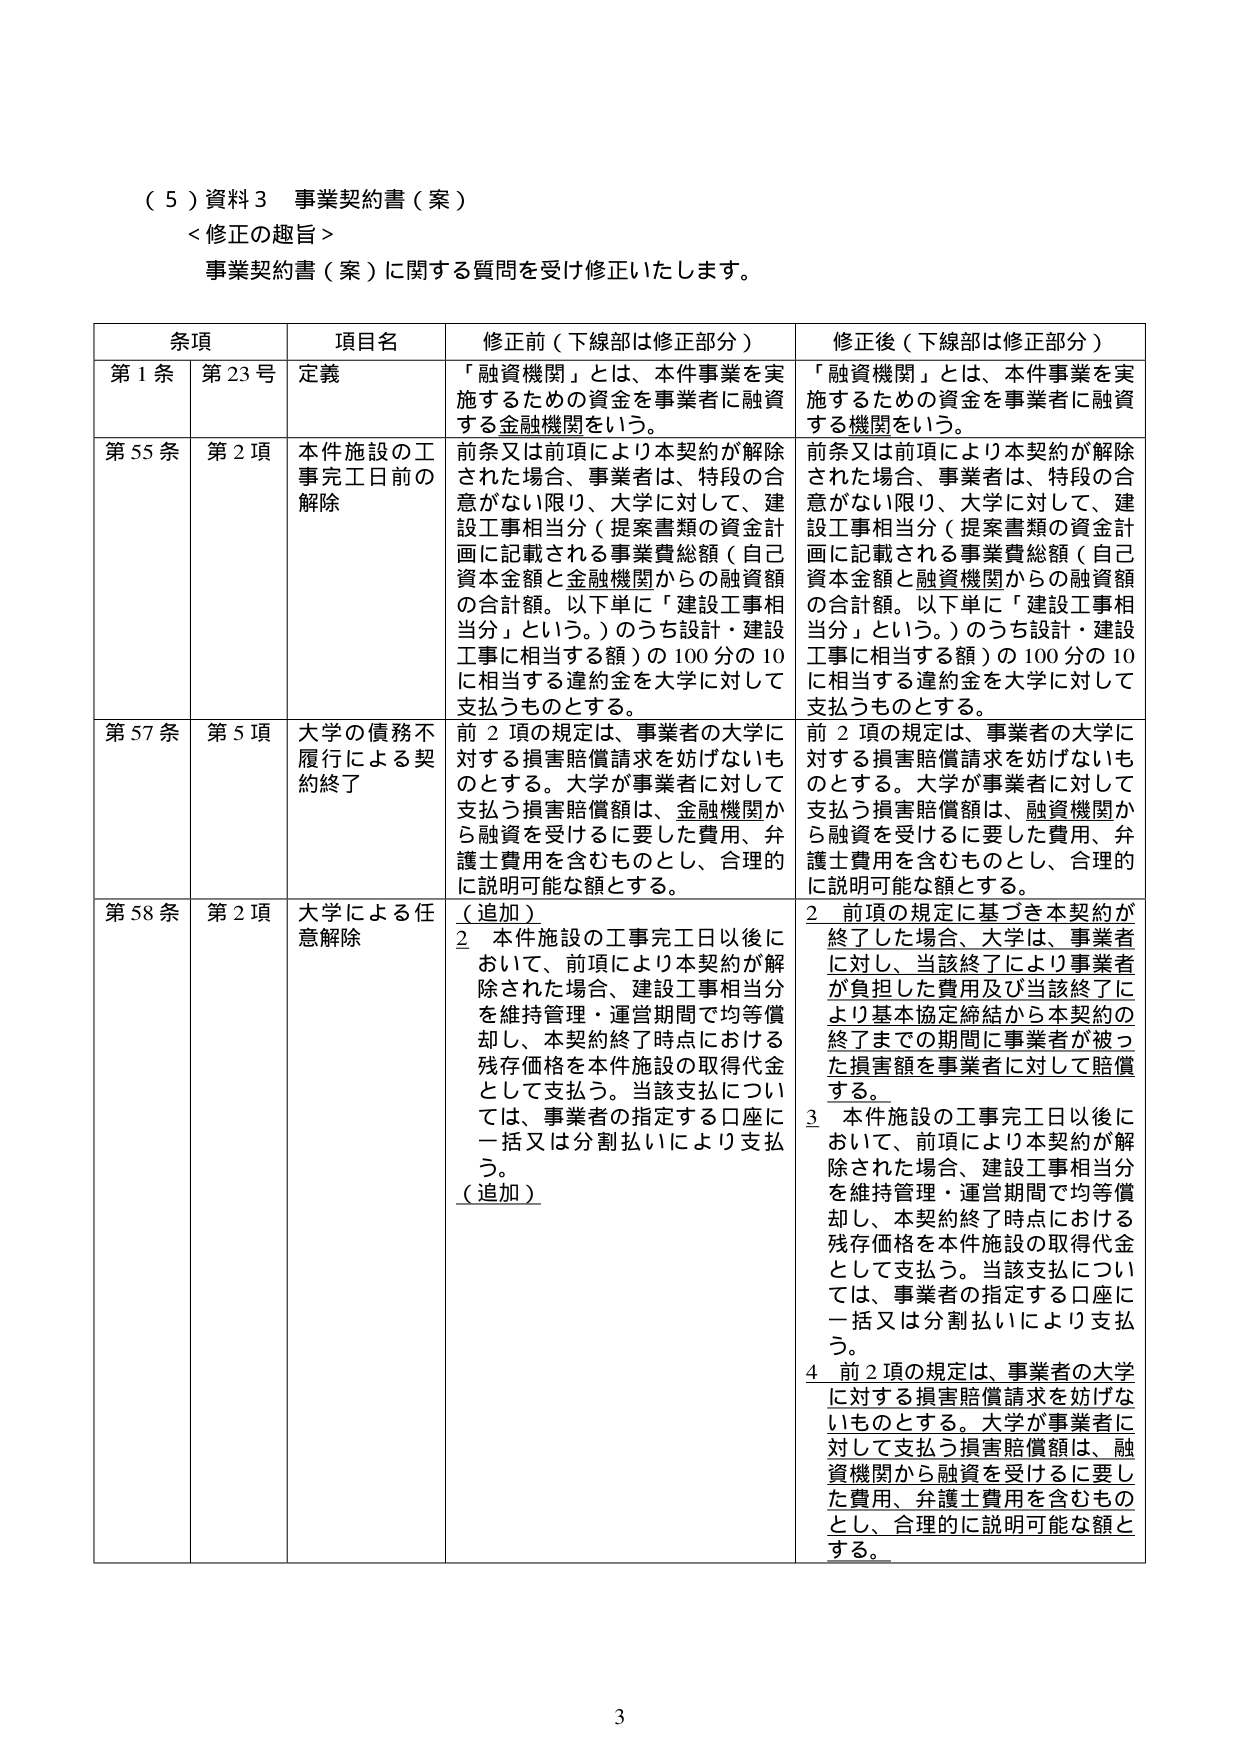
（５）資料３ 事業契約書（案）
＜修正の趣旨＞
事業契約書（案）に関する質問を受け修正いたします。

条項 項目名 修正前（下線部は修正部分） 修正後（下線部は修正部分）
第１条 第23号 定義 「融資機関」とは、本件事業を実施するための資金を事業者に融資する金融機関をいう。 「融資機関」とは、本件事業を実施するための資金を事業者に融資する機関をいう。
第55条 第2項 本件施設の工事完工日前の解除 前条又は前項により本契約が解除された場合、事業者は、特段の合意がない限り、大学に対して、建設工事相当分（提案書類の資金計画に記載される事業費総額（自己資本金額と金融機関からの融資額の合計額。以下単に「建設工事相当分」という。）のうち設計・建設工事に相当する額）の100分の10に相当する違約金を大学に対して支払うものとする。 前条又は前項により本契約が解除された場合、事業者は、特段の合意がない限り、大学に対して、建設工事相当分（提案書類の資金計画に記載される事業費総額（自己資本金額と融資機関からの融資額の合計額。以下単に「建設工事相当分」という。）のうち設計・建設工事に相当する額）の100分の10に相当する違約金を大学に対して支払うものとする。
第57条 第5項 大学の債務不履行による契約終了 前2項の規定は、事業者の大学に対する損害賠償請求を妨げないものとする。大学が事業者に対して支払う損害賠償額は、金融機関から融資を受けたに要した費用、弁護士費用を含むものとし、合理的に説明可能な額とする。 前2項の規定は、事業者の大学に対する損害賠償請求を妨げないものとする。大学が事業者に対して支払う損害賠償額は、融資機関から融資を受けたに要した費用、弁護士費用を含むものとし、合理的に説明可能な額とする。
第58条 第2項 大学による任意解除 （追加） 2 本件施設の工事完工日以後において、前項により本契約が解除された場合、建設工事相当分を維持管理・運営期間で均等償却し、本契約終了時点における残存価格を本件施設の取得代金として支払う。当該支払については、事業者の指定する口座に一括又は分割払いにより支払う。 （追加） 2 前項の規定に基づき本契約が終了した場合、大学は、事業者に対し、当該終了により事業者が負担した費用及び当該終了により基本協定締結から本契約の終了までの期間に事業者が被った損害額を事業者に対して賠償する。 3 本件施設の工事完工日以後において、前項により本契約が解除された場合、建設工事相当分を維持管理・運営期間で均等償却し、本契約終了時点における残存価格を本件施設の取得代金として支払う。当該支払については、事業者の指定する口座に一括又は分割払いにより支払う。 4 前2項の規定は、事業者の大学に対する損害賠償請求を妨げないものとする。大学が事業者に対して支払う損害賠償額は、融資機関から融資を受けたに要した費用、弁護士費用を含むものとし、合理的に説明可能な額とする。

3